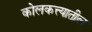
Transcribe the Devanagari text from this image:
कोलकत्त्यातील